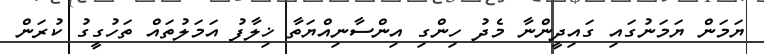
ޔަމަން ޔަމަނުގައި ގައިދީންނާ މެދު ހިންގި އިންސާނިއްޔަތާ ޚިލާފު އަމަލުތައް ތަހުގީގު ކުރަން